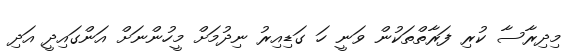
މިދިރާސާ ކުރި ފަރާތްތަކުން ވަނީ ހަ ގަޑިއިރު ނިދުމަށް މީހުންނަށް އަންގައިދީ އަދި